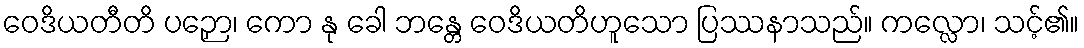
ဝေဒိယတီတိ ပဉှော၊ ကော နု ခေါ ဘန္တေ ဝေဒိယတိဟူသော ပြဿနာသည်။ ကလ္လော၊ သင့်၏။